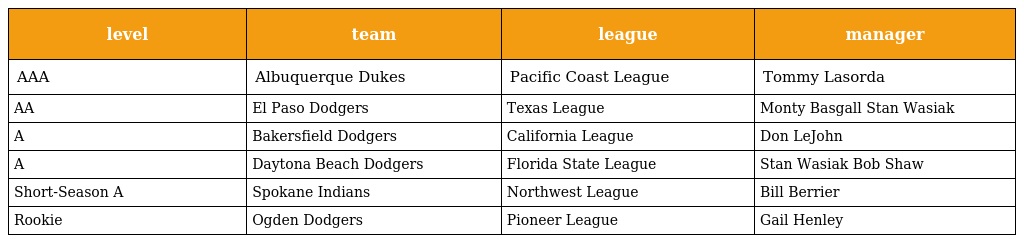
| level | team | league | manager |
 | --- | --- | --- | --- |
 | AAA | Albuquerque Dukes | Pacific Coast League | Tommy Lasorda |
 | AA | El Paso Dodgers | Texas League | Monty Basgall Stan Wasiak |
 | A | Bakersfield Dodgers | California League | Don LeJohn |
 | A | Daytona Beach Dodgers | Florida State League | Stan Wasiak Bob Shaw |
 | Short-Season A | Spokane Indians | Northwest League | Bill Berrier |
 | Rookie | Ogden Dodgers | Pioneer League | Gail Henley |